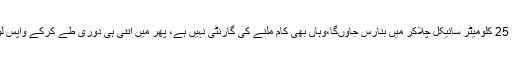
اب سوچئے 25 کلومیٹر سائیکل چلاکر میں بنارس جاؤں‌گا،وہاں بھی کام ملنے کی گارنٹی نہیں ہے، پھر میں اتنی ہی دوری طے کرکے واپس لوٹ آؤں‌گا ‘۔